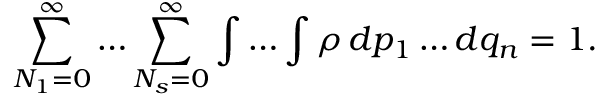
\sum _ { N _ { 1 } = 0 } ^ { \infty } \ldots \sum _ { N _ { s } = 0 } ^ { \infty } \int \ldots \int \rho \, d p _ { 1 } \ldots d q _ { n } = 1 .